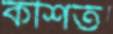
কশিত